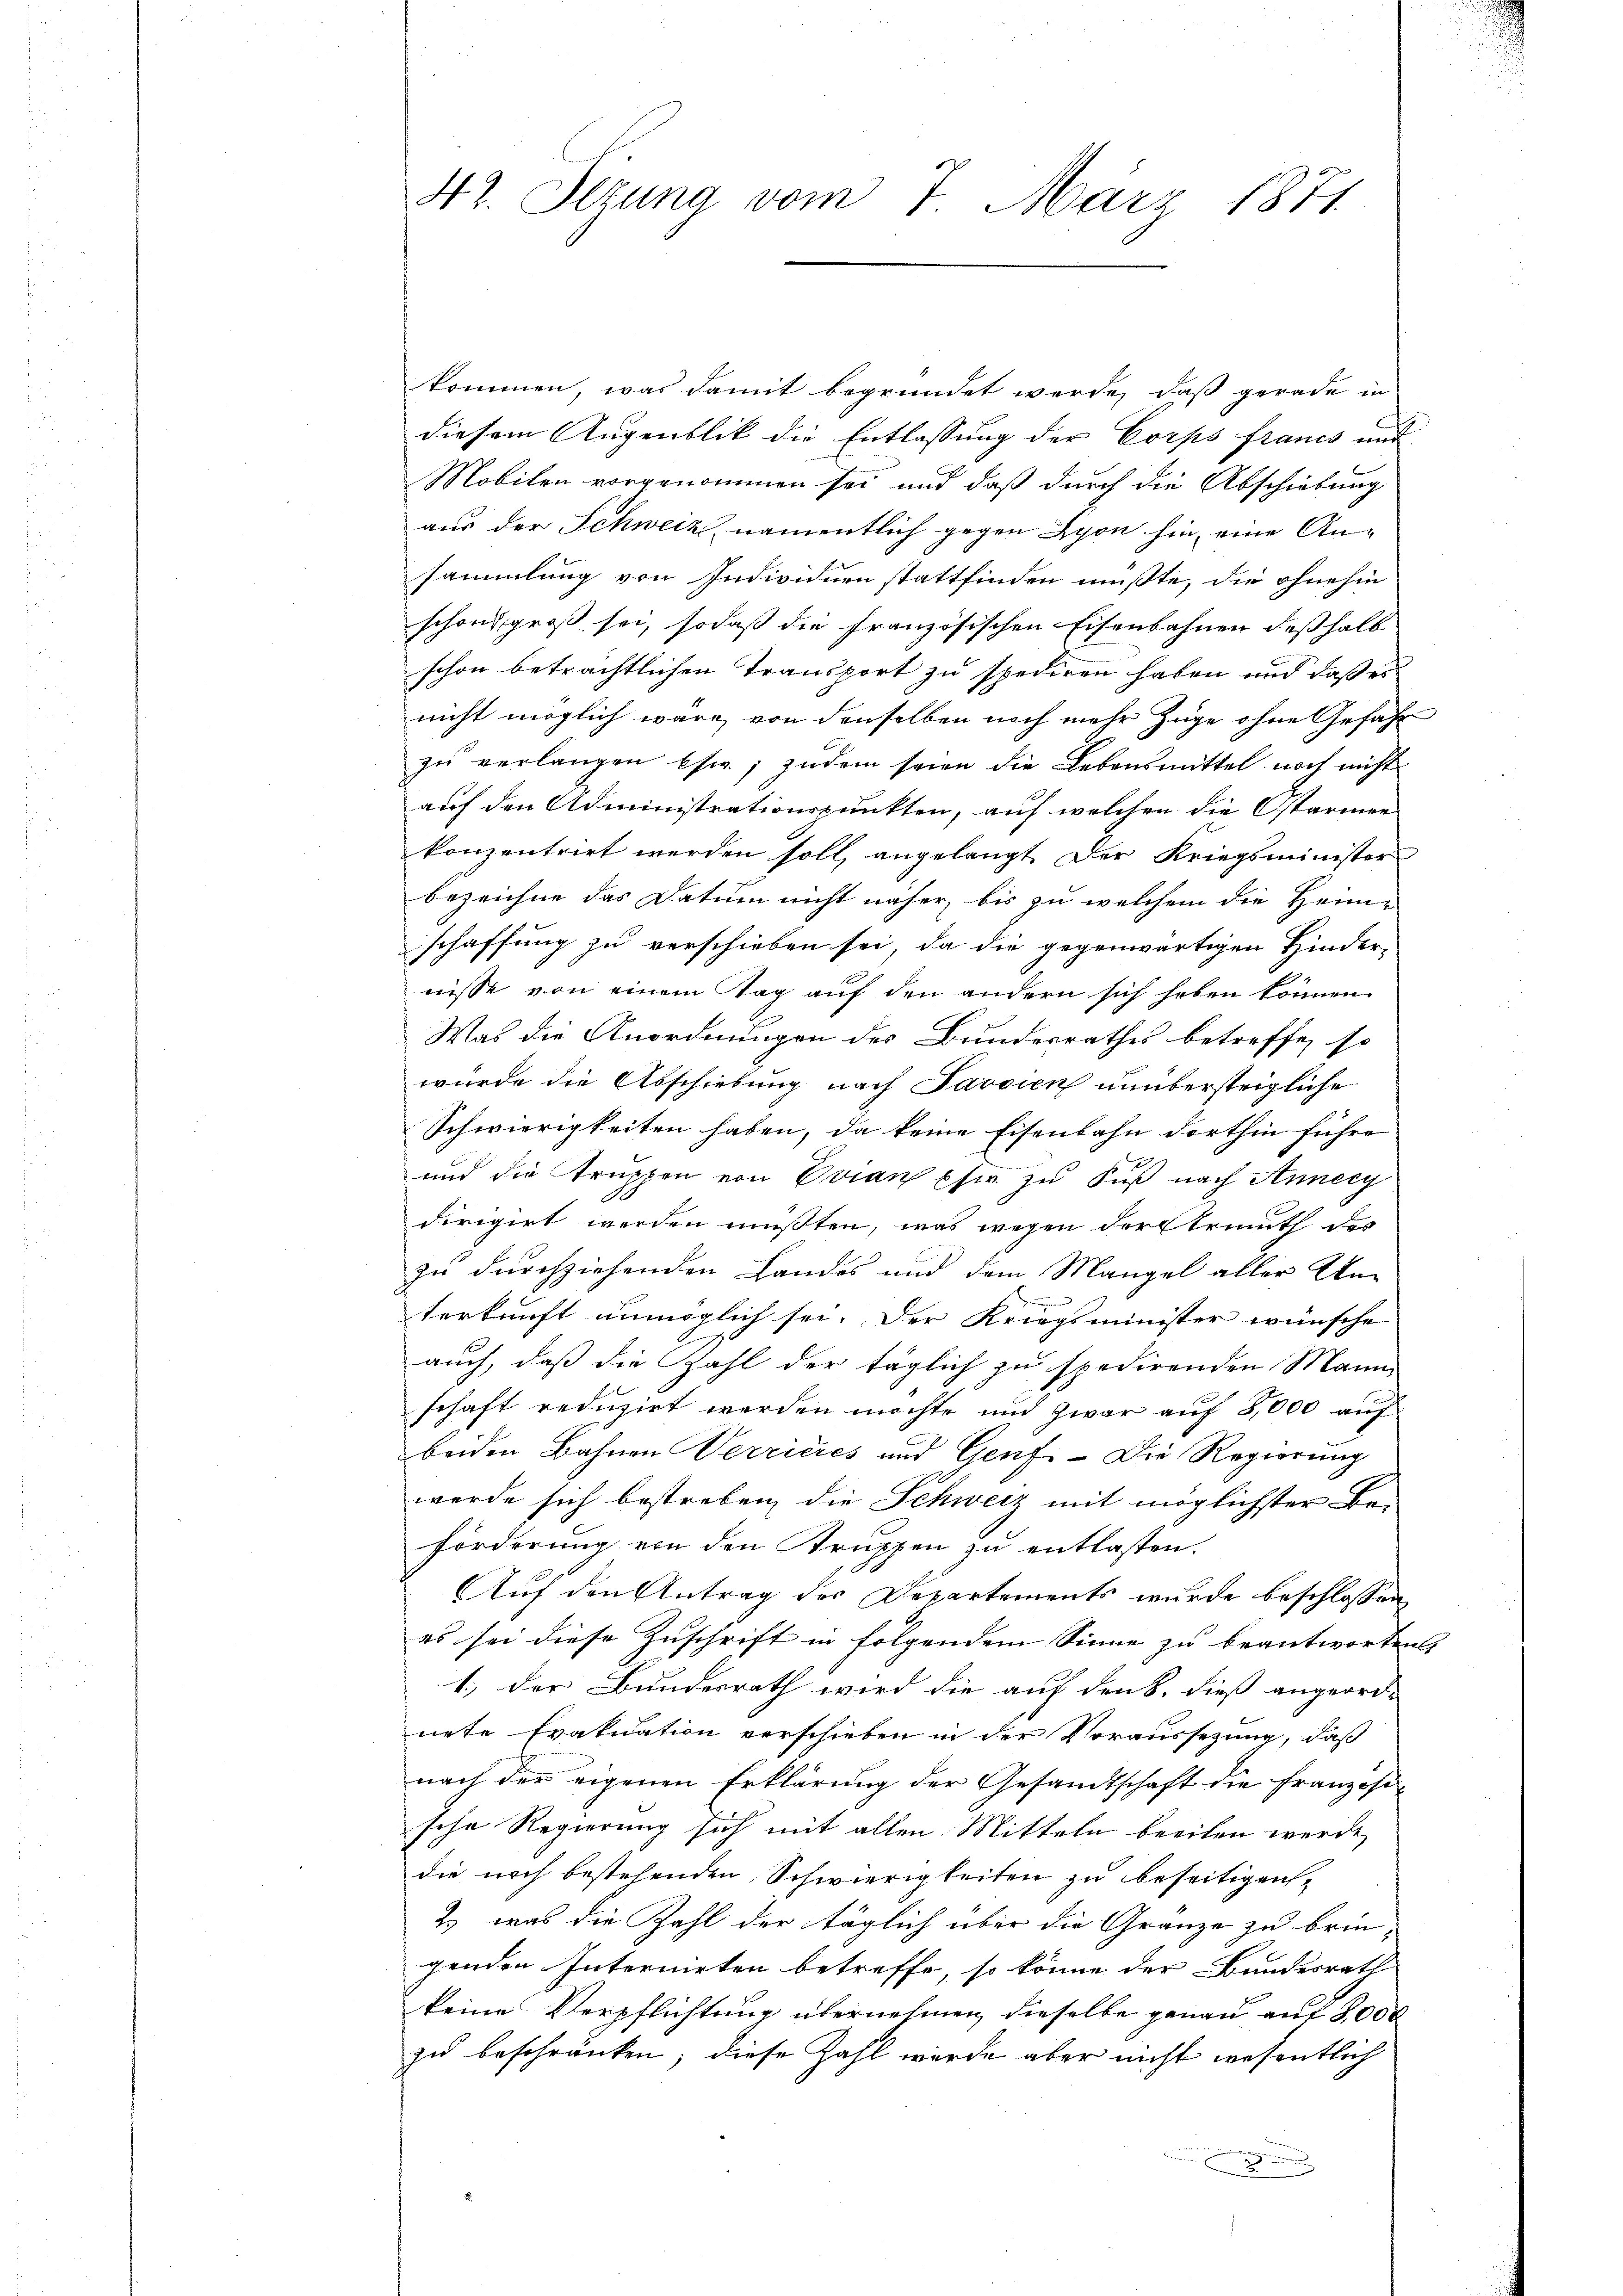
42. Ilzung vom 7. März 1871

kommen, was damit begründet werde, daß gerade in
diesem Augenblik die Entlassung der Corps francs und
Mobilen vorgenommen sei und daß durch die Abschiebung
aus der Schweiz, namentlich gegen Lyon hin, eine Ansammlung von Individuen stattfinden müßte, die ohnehin
schon groß sei, sodaß die Französischen Eisenbahnen deßhalb
schon beträchtlichen Transport zu spediren haben und daß es
nicht möglich wäre, von denselben noch mehr Zuge ohne Gefahr
zu verlangen (sie; zudem seien die Lebensmittel noch nicht
auf den Administrationspunkten, auf welchen die Ostarmen
konzentrirt werden soll, angelangt der Kriegsminister
bezeichne das Datum nicht näher, bis zu welchem die Heim-
schaffung zu verschieben sei, da die gegenwärtigen Hinder-
nisse von einem Tag auf den andern sich haben können.
Was die Anordnungen des Bundesrathes betreffe, so
wurde die Abschiebung nach Javaien unübersteigliche
Schwierigkeiten haben, da keine Eisenbahn dorthin führe
x
und die Truppen von Evian pfer zu Fuß nach Annecy
dirigirt werden mußten, was wegen der trath des
zu durchziehenden Landes und dem Mangel aller Unterkraft unmöglich sei. Der Kriegsminister wünsche
auch, daß die Zahl der täglich zu spedirenden Mann
schaft reduzirt werden möchte und zwar auf 8,000 auf
beiden Bahnen Verrieres und Genf. Die Regierung
werde sich bestreben die Schweiz mit möglichster Be-
förderung von den Struppen zu entlasten,
Auf den Antrag der Departements wurde beschlossen
es sei diese Zuschrift in folgendem Sinne zu beantworten. |
1.) der Bundesrath wird die auf den B. dieß angeord-
nete Evakuation verschieben in der Voraussezung, daß
nach der eigenen Erklärung der Gesandtschaft die Französi-
sche Regierung sich mit allen Mitteln beeilen werde,
die noch bestehenden Schwierigkeiten zu beseitigen,
2) was die Zahl der täglich über die Gränze zu brin-
genden Internirten betreffe, so könne der Bundesrath
keine Verpflichtung übernehmen dieselbe genau auf 2,000
zu beschränken; diese Zahl wurde aber nicht wesentlich